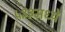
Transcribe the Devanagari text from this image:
५३३मध्ये